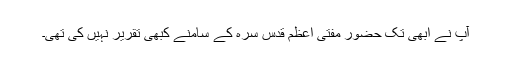
آپ نے ابھی تک حضور مفتی اعظم قدس سرہٗ کے سامنے کبھی تقریر نہیں کی تھی۔